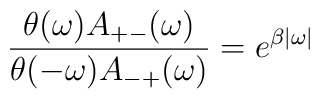
\frac{\theta(\omega)A_{+-}(\omega)}{\theta(-\omega)A_{-+}(\omega)} =e^{\beta|\omega|}